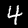
Digit: 4